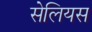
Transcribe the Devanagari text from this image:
सेलियस